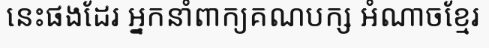
នេះផងដែរ អ្នកនាំពាក្យគណបក្ស អំណាចខ្មែរ